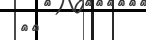
٦٩